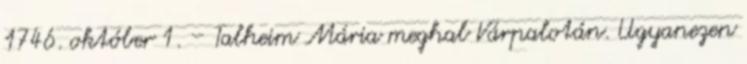
1746. október 1. – Talheim Mária meghal Várpalotán. Ugyanezen